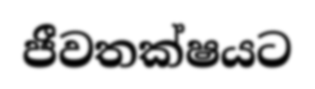
ජීවතක්ෂයට